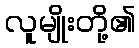
လူမျိုးတို့၏